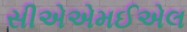
સીએએમઈએલ